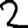
Digit: 2